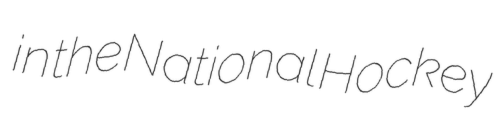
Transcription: in the National Hockey